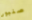
صنبور